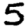
Digit: 5